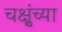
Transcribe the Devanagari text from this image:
चक्षुंच्या